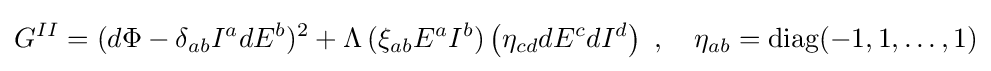
G^{II}=(d\Phi -\delta _{ab}I^{a}dE^{b})^{2}+\Lambda \,(\xi _{ab}E^{a}I^{b})\left(\eta _{cd}dE^{c}dI^{d}\right)\ ,\quad \eta _{ab}={\rm {diag}}(-1,1,\ldots ,1)